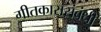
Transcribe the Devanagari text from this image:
गीतकारासंबंधी